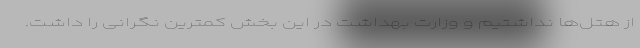
از هتل‌ها نداشتیم و وزارت بهداشت در این بخش کمترین نگرانی را داشت.